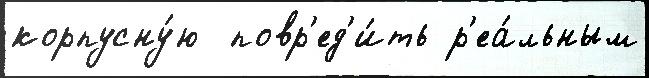
корпусну́ю  повр'ед'и́ть р'еа́льным